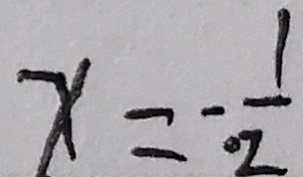
x = - \frac { 1 } { \cdot 2 }